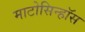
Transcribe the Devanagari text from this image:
माटोसिन्हॉस